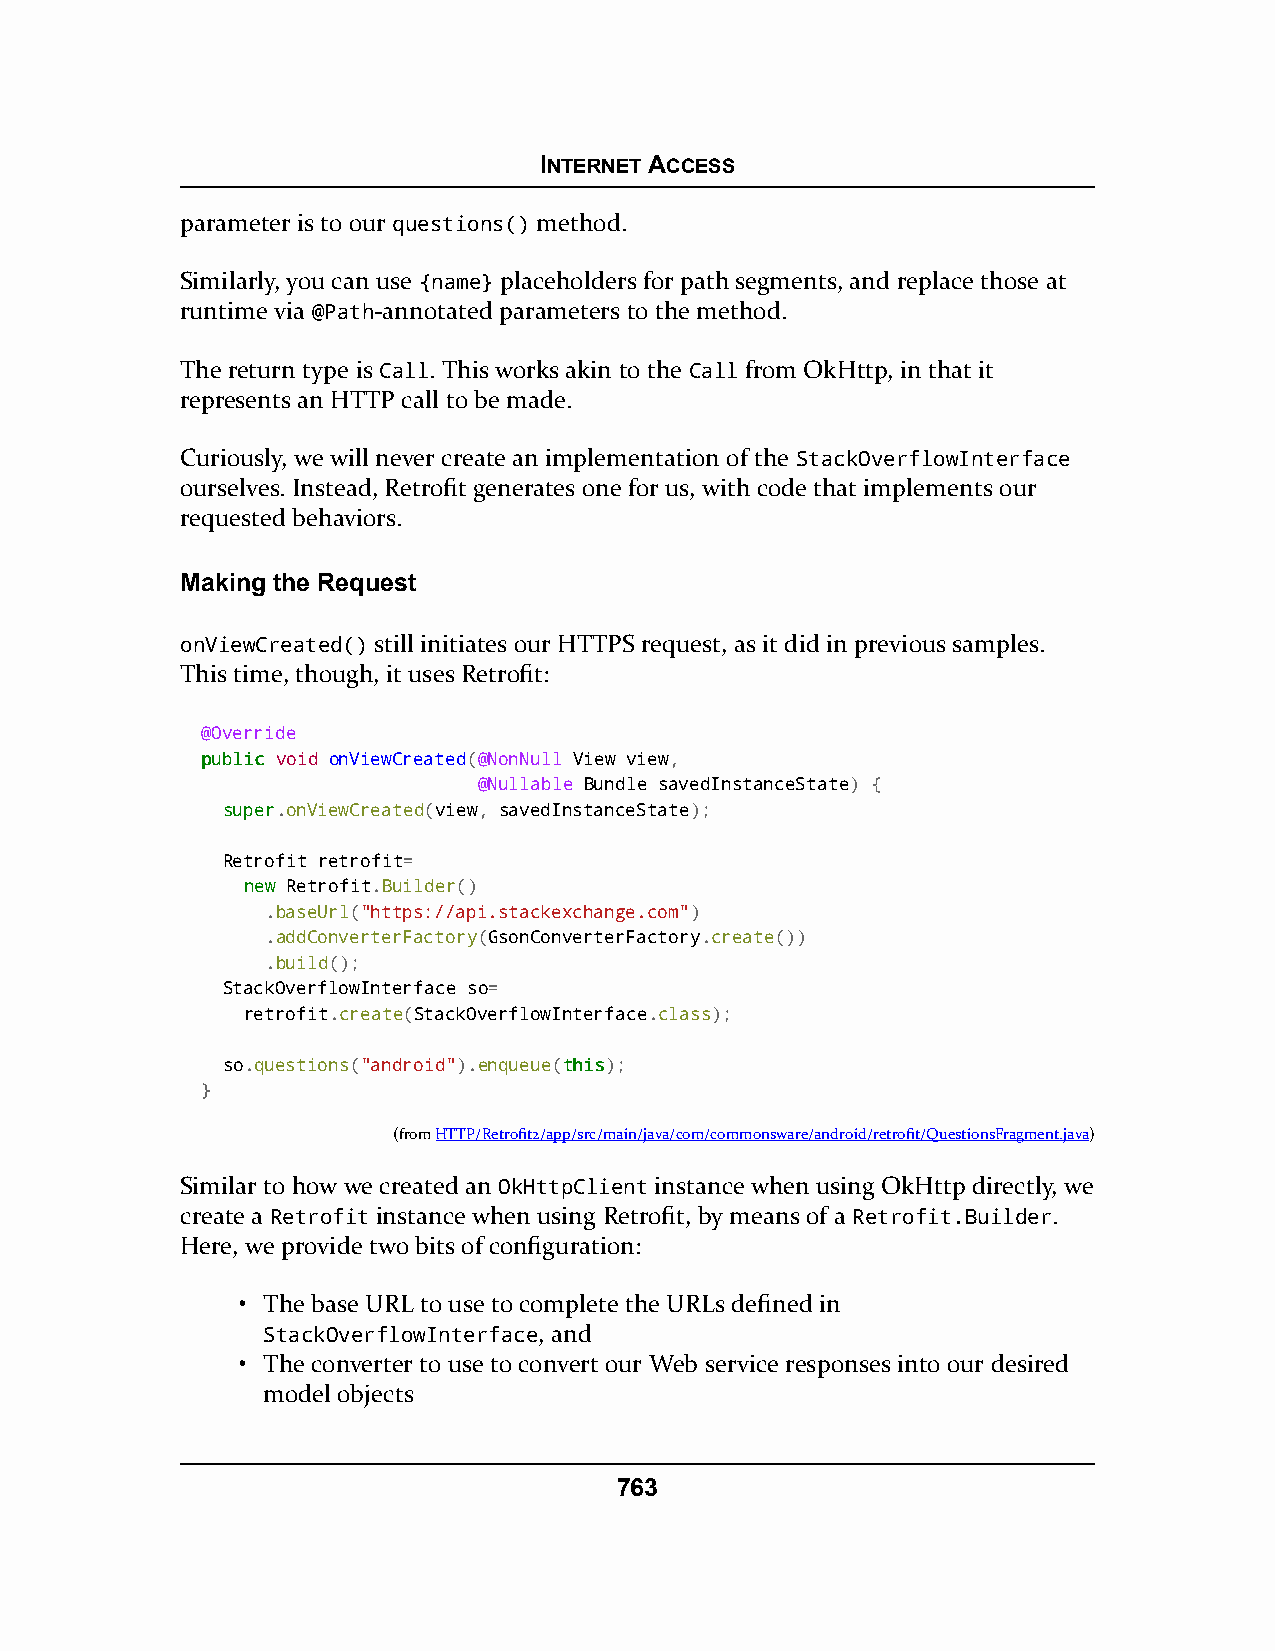
INTERNET ACCESS
 parameter is to our questions() method.
 Similarly, you can use {name} placeholders for path segments, and replace those at
 runtime via @Path-annotated parameters to the method.
 The return type is Call. This works akin to the Call from OkHttp, in that it
 represents an HTTP call to be made.
 Curiously, we will never create an implementation of the StackOverflowInterface
 ourselves. Instead, Retrofit generates one for us, with code that implements our
 requested behaviors.
 Making the Request
 onViewCreated() still initiates our HTTPS request, as it did in previous samples.
 This time, though, it uses Retrofit:
 @Override
 ppuubblliicc void onViewCreated(@NonNull View view,
 @Nullable Bundle savedInstanceState) {
 ssuuppeerr.onViewCreated(view, savedInstanceState);
 Retrofit retrofit=
 nneeww Retrofit.Builder()
 .baseUrl("https://api.stackexchange.com")
 .addConverterFactory(GsonConverterFactory.create())
 .build();
 StackOverflowInterface so=
 retrofit.create(StackOverflowInterface.class);
 so.questions("android").enqueue(tthhiiss);
 }
 (fromHTTP/Retrofit2/app/src/main/java/com/commonsware/android/retrofit/QuestionsFragment.java)
 Similar to how we created an OkHttpClient instance when using OkHttp directly, we
 create a Retrofit instance when using Retrofit, by means of a Retrofit.Builder.
 Here, we provide two bits of configuration:
 • The base URL to use to complete the URLs defined in
 StackOverflowInterface, and
 • The converter to use to convert our Web service responses into our desired
 model objects
 763